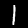
Label: 1